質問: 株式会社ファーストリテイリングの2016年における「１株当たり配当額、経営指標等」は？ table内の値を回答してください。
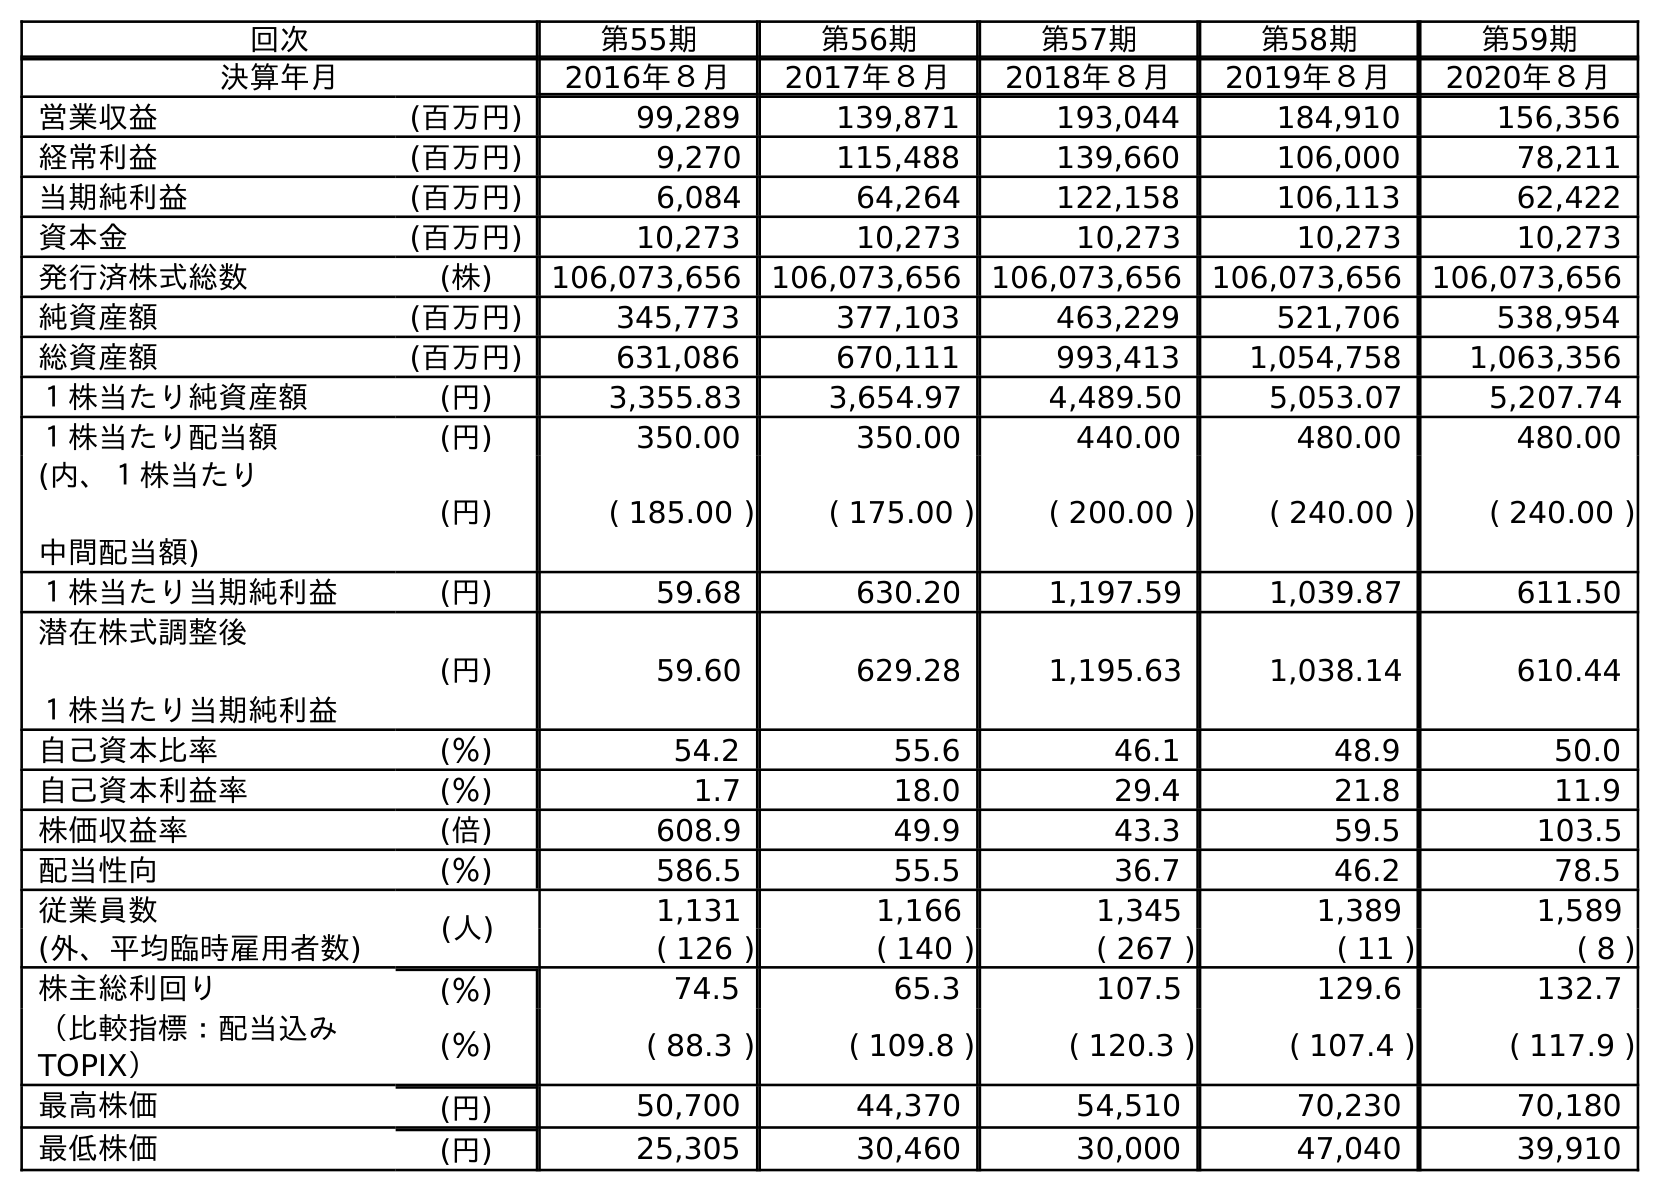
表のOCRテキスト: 回次 第55期 第56期 第57期 第58期 第59期 決算年月 2016年８月 2017年８月 2018年８月 2019年８月 2020年８月 営業収益 (百万円) 99,289 139,871 193,044 184,910 156,356 経常利益 (百万円) 9,270 115,488 139,660 106,000 78,211 当期純利益 (百万円) 6,084 64,264 122,158 106,113 62,422 資本金 (百万円) 10,273 10,273 10,273 10,273 10,273 発行済株式総数 (株) 106,073,656 106,073,656 106,073,656 106,073,656 106,073,656 純資産額 (百万円) 345,773 377,103 463,229 521,706 538,954 総資産額 (百万円) 631,086 670,111 993,413 1,054,758 1,063,356 １株当たり純資産額 (円) 3,355.83 3,654.97 4,489.50 5,053.07 5,207.74 １株当たり配当額 (円) 350.00 350.00 440.00 480.00 480.00 (内、１株当たり 中間配当額) (円) ( 185.00 ) ( 175.00 ) ( 200.00 ) ( 240.00 ) ( 240.00 ) １株当たり当期純利益 (円) 59.68 630.20 1,197.59 1,039.87 611.50 潜在株式調整後 １株当たり当期純利益 (円) 59.60 629.28 1,195.63 1,038.14 610.44 自己資本比率 (％) 54.2 55.6 46.1 48.9 50.0 自己資本利益率 (％) 1.7 18.0 29.4 21.8 11.9 株価収益率 (倍) 608.9 49.9 43.3 59.5 103.5 配当性向 (％) 586.5 55.5 36.7 46.2 78.5 従業員数 (人) 1,131 1,166 1,345 1,389 1,589 (外、平均臨時雇用者数) ( 126 ) ( 140 ) ( 267 ) ( 11 ) ( 8 ) 株主総利回り (％) 74.5 65.3 107.5 129.6 132.7 （比較指標：配当込み TOPIX） (％) ( 88.3 ) ( 109.8 ) ( 120.3 ) ( 107.4 ) ( 117.9 ) 最高株価 (円) 50,700 44,370 54,510 70,230 70,180 最低株価 (円) 25,305 30,460 30,000 47,040 39,910
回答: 350.00